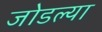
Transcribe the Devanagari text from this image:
जोडल्‍या